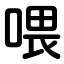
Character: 喂